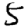
Digit: 5